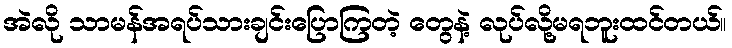
အဲလို သာမန်အရပ်သားချင်းပြောကြတဲ့ တွေနဲ့ လုပ်လို့မရဘူးထင်တယ်။